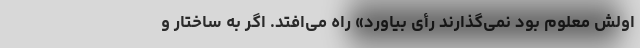
اولش معلوم بود نمی‌گذارند رأی بیاورد» راه می‌افتد. اگر به ساختار و